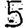
Digit: 5